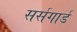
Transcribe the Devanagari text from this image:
सर्सगार्ड